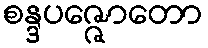
စန္ဒပဇ္ဇောတော